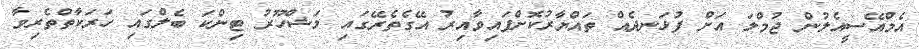
އެމްއޭސީއެލުން ޖުމްލަ އަށް ފުޅަނދެއް ތައްޔާރުކޮށްފައިވާއިރު އޭގެތެރޭގައި މަޝްހޫރު ޓިންކަ ބެލްގައި ހަރަކާތްތެރިވާ